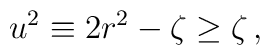
u^2\equiv 2r^2-\zeta\geq \zeta\,,